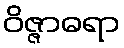
ဝိဇ္ဇာဓရာ